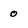
Character: 0